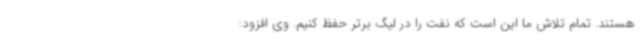
هستند. تمام تلاش ما این است که نفت را در لیگ برتر حفظ کنیم. وی افزود: